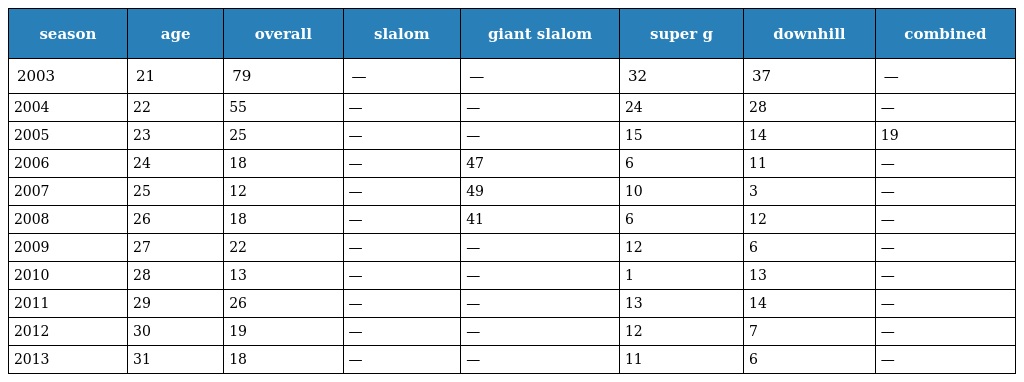
| season | age | overall | slalom | giant slalom | super g | downhill | combined |
 | --- | --- | --- | --- | --- | --- | --- | --- |
 | 2003 | 21 | 79 | — | — | 32 | 37 | — |
 | 2004 | 22 | 55 | — | — | 24 | 28 | — |
 | 2005 | 23 | 25 | — | — | 15 | 14 | 19 |
 | 2006 | 24 | 18 | — | 47 | 6 | 11 | — |
 | 2007 | 25 | 12 | — | 49 | 10 | 3 | — |
 | 2008 | 26 | 18 | — | 41 | 6 | 12 | — |
 | 2009 | 27 | 22 | — | — | 12 | 6 | — |
 | 2010 | 28 | 13 | — | — | 1 | 13 | — |
 | 2011 | 29 | 26 | — | — | 13 | 14 | — |
 | 2012 | 30 | 19 | — | — | 12 | 7 | — |
 | 2013 | 31 | 18 | — | — | 11 | 6 | — |